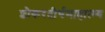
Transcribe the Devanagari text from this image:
शौकरतीर्थमाहात्म्य